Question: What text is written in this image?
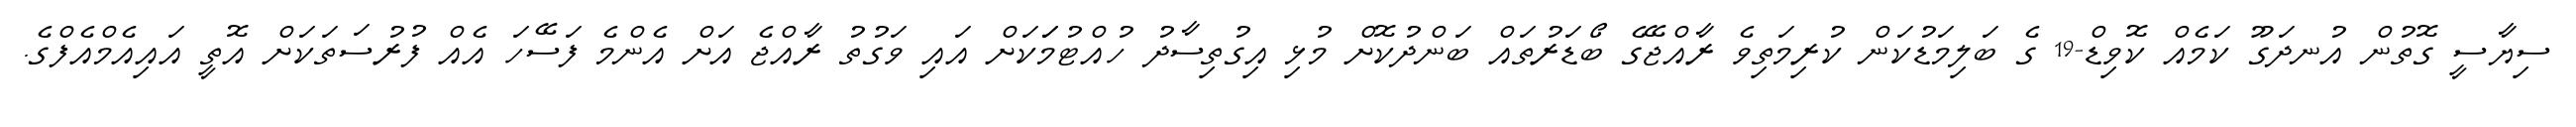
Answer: ސިޔާސީ ގޮތުން އުނދަގޫ ކަމެއް ކޮވިޑް-19 ގެ ބަލިމަޑުކަން ކުރިމަތިވެ ރާއްޖޭގެ ބޯޑަރުތައް ބަންދުކޮށް މުޅި އިގުތިސާދު ހުއްޓުމަަކަށް އައި ވަގުތު ރާއްޖެ އަށް އެންމެ ފަސޭހަ އެއް ފުރުސަތަކަށް އޮތީ އައިއެމްއެފްގެ.